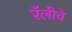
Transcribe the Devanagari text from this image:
रॅलीचे